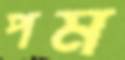
পম